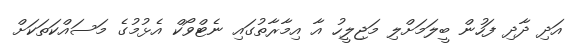
އަދި ދާދި ފަހުން ބީލަމަށްލި މަޖިލީހު އާ އިމާރާތުގައި ނެޓްވޯކް އެޅުމުގެ މަސައްކަތަކަށް